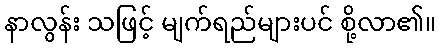
နာလွန်း သဖြင့် မျက်ရည်များပင် စို့လာ၏။